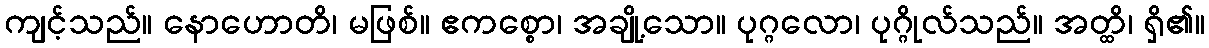
ကျင့်သည်။ နောဟောတိ၊ မဖြစ်။ ဧကစ္စော၊ အချို့သော။ ပုဂ္ဂလော၊ ပုဂ္ဂိုလ်သည်။ အတ္ထိ၊ ရှိ၏။